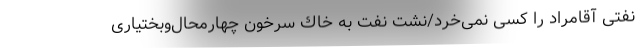
نفتی آقامراد را کسی نمی‌خرد/نشتِ نفت به خاك سرخون چهارمحال‌وبختياری